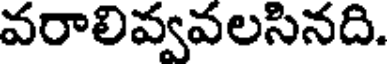
వరాలివ్వవలసినది.